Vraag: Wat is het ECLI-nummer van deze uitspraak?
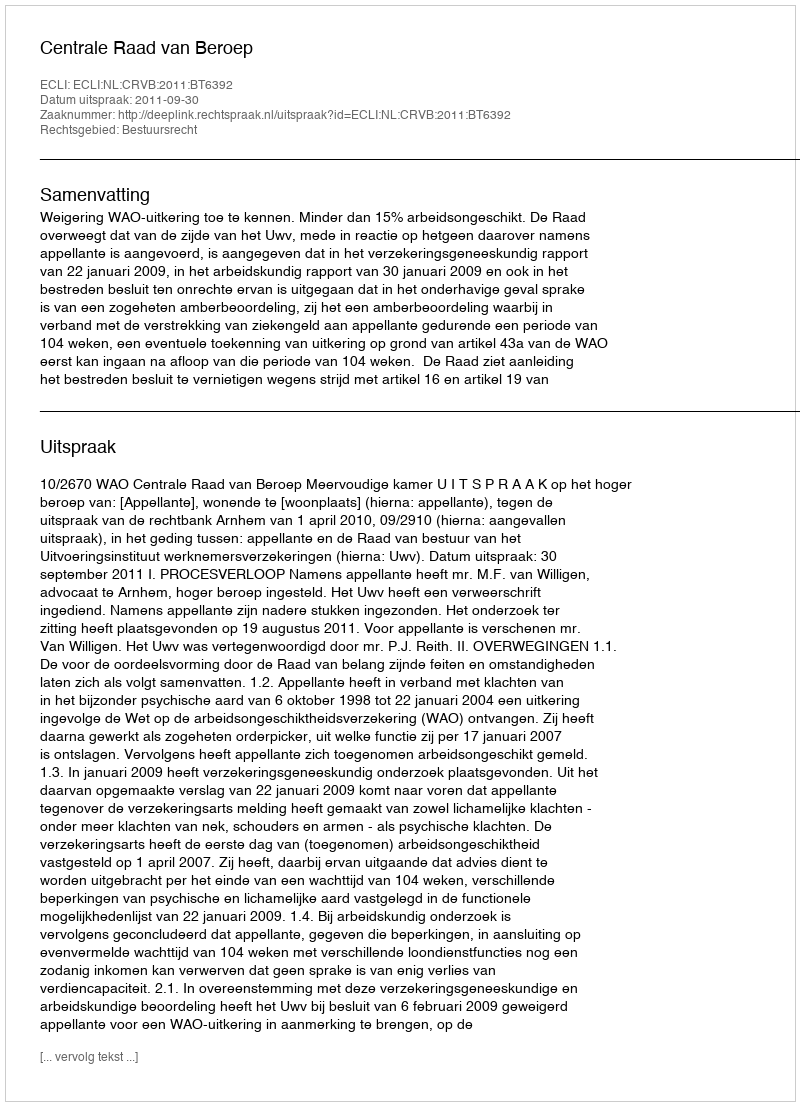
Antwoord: ECLI:NL:CRVB:2011:BT6392